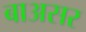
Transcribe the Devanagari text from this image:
बाअसर